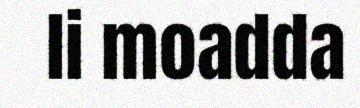
li moadda